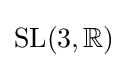
\mathrm {SL} (3,\mathbb {R} )